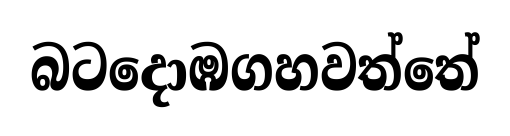
බටදොඹගහවත්තේ